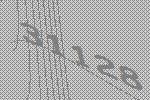
31128